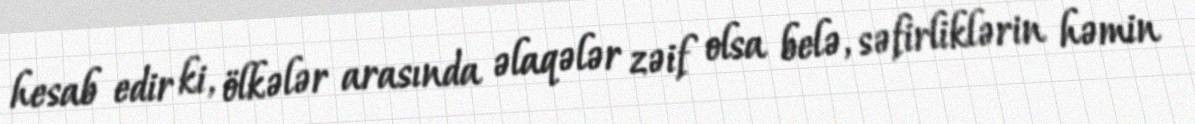
hesab edir ki, ölkələr arasında əlaqələr zəif olsa belə, səfirliklərin həmin